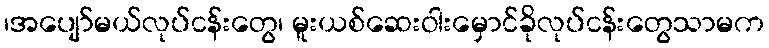
၊အပျော်မယ်လုပ်ငန်းတွေ၊ မူးယစ်ဆေးဝါးမှောင်ခိုလုပ်ငန်းတွေသာမက